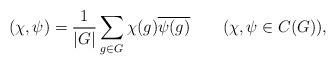
LaTeX: \begin{align*}(\chi, \psi) = \frac{1}{|G|} \sum_{g \in G} \chi(g) \overline{\psi(g)}\qquad(\chi,\psi\in C(G)),\end{align*}